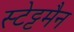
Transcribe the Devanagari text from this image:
स्टेट्टमैन